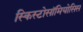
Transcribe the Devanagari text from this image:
स्किस्टोसॉमियोसिस